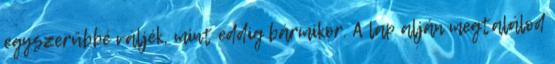
egyszerűbbé váljék, mint eddig bármikor. A lap alján megtalálod